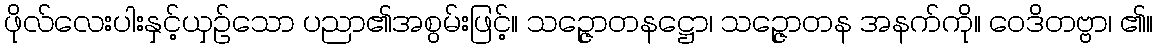
ဖိုလ်လေးပါးနှင့်ယှဉ်သော ပညာ၏အစွမ်းဖြင့်။ သဉ္ဇောတနဋ္ဌော၊ သဉ္ဇောတန အနက်ကို။ ဝေဒိတဗ္ဗာ၊ ၏။